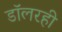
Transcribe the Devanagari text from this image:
डॉलरही